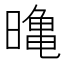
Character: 𭧛